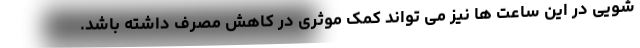
شویی در این ساعت ها نیز می تواند کمک موثری در کاهش مصرف داشته باشد.